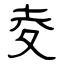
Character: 夌